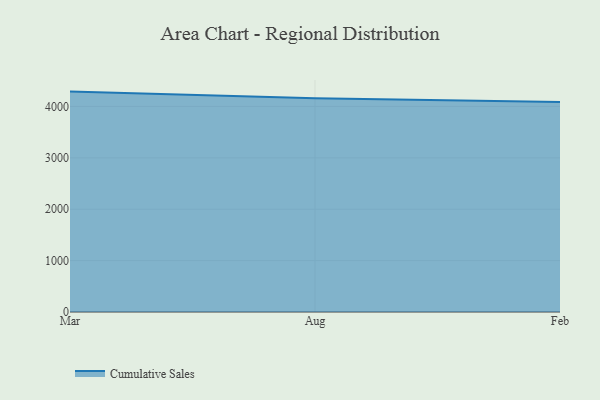
{"axis": {"x": "Month", "y": "Net Income (USD K)"}, "legend": ["Cumulative Sales"], "data": [{"x": "Mar", "y": 4289.7, "type": "Cumulative Sales"}, {"x": "Aug", "y": 4157.9, "type": "Cumulative Sales"}, {"x": "Feb", "y": 4088.0, "type": "Cumulative Sales"}]}